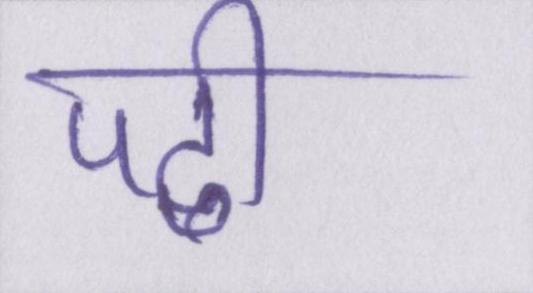
पढी